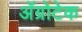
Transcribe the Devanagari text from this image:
अॅग्रोटेक